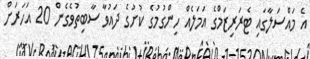
އެ މައްސަލާގައި ޓެރަރިޒަމްގެ އަމަލެއް ހިންގުމުގެ ކުށުގެ ދައުވާ ސާބިތުވެގެން 20 އަހަރަށް